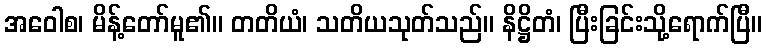
အဝေါစ၊ မိန့်တော်မူ၏။ တတိယံ၊ သတိယသုတ်သည်။ နိဋ္ဌိတံ၊ ပြီးခြင်းသို့ရောက်ပြီ။